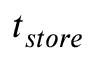
t _ { s t o r e }